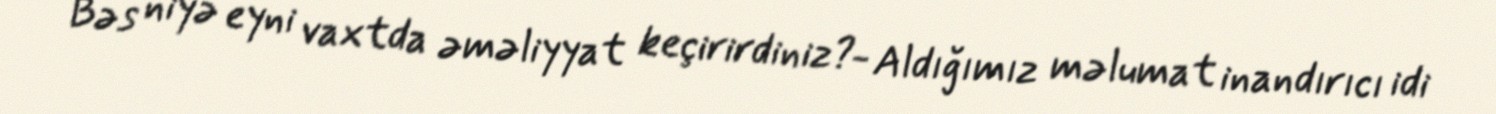
Bəs niyə eyni vaxtda əməliyyat keçirirdiniz?- Aldığımız məlumat inandırıcı idi